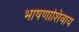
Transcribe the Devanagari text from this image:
भाषणाशिवाय